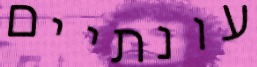
עונתיים